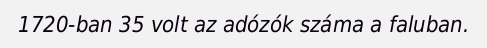
1720-ban 35 volt az adózók száma a faluban.